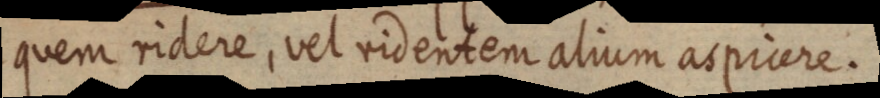
quem ridere, vel videntem alium aspicere.